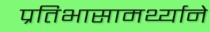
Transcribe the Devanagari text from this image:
प्रतिभासामर्थ्याने